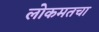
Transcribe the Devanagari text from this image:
लोकमतचा